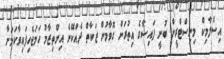
އިސްލާމިކް މިނިސްޓްރީން ބުނީ ފައިސާގެ އިތުރަށް ގޮވާމުން ޒަކާތް ދެއްކޭނެ އިންތިޒާމު ހަމަޖެހިފައިވާކަމަށާ